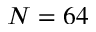
N = 6 4